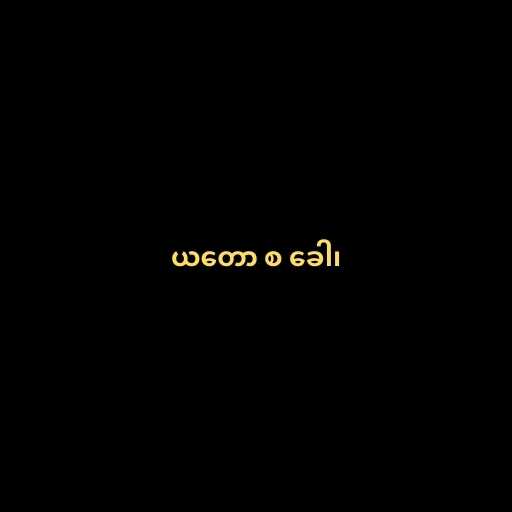
ယတော စ ခေါ၊